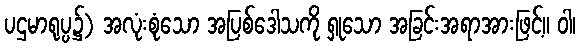
ပဌမာရုပ္ပ၌) အလုံးစုံသော အပြစ်ဒေါသကို ရှုသော အခြင်းအရာအားဖြင့်။ ဝါ၊